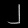
Digit: ၂